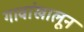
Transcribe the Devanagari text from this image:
गावांखालून